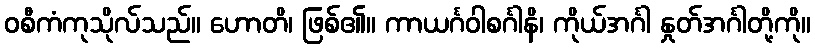
ဝစီကံကုသိုလ်သည်။ ဟောတိ၊ ဖြစ်၏။ ကာယင်္ဂဝါစင်္ဂါနိ၊ ကိုယ်အင်္ဂါ နှုတ်အင်္ဂါတို့ကို။